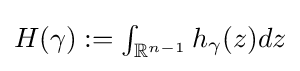
{\textstyle H(\gamma ):=\int _{\mathbb {R} ^{n-1}}h_{\gamma }(z)dz}